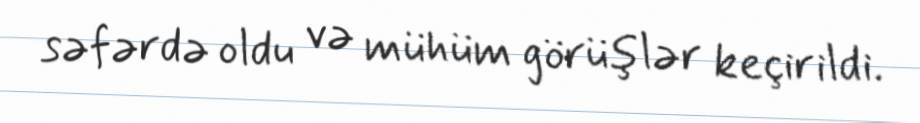
səfərdə oldu və mühüm görüşlər keçirildi.